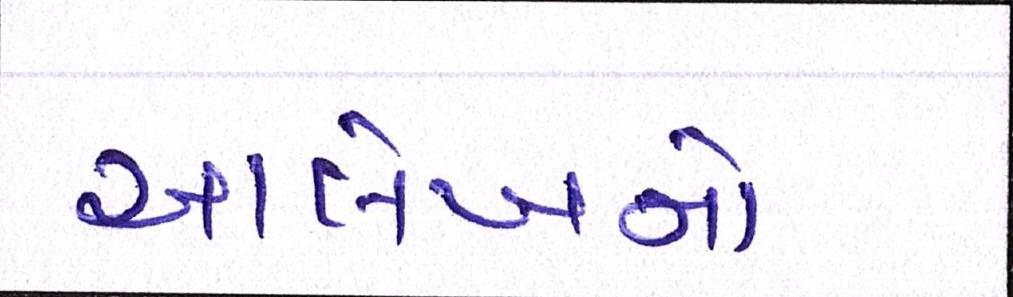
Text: આલેખનો